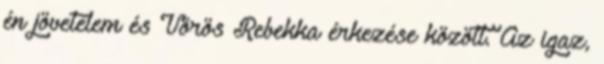
én jövetelem és Vörös Rebekka érkezése között. Az igaz,